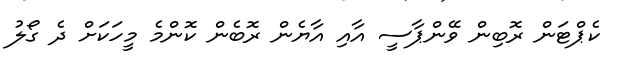
ކެޕްޓަން ރޮބިން ވޭންޕާސީ އާއި އާޔެން ރޮބެން ކޮންމެ މީހަކަށް ދެ ގޯލު